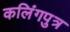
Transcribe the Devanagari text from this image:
कलिंगपुत्र